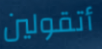
أتقولين